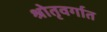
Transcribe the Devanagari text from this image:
श्रोतृवर्गात